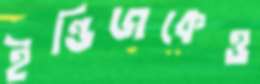
ইন্ডিজকেও